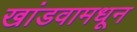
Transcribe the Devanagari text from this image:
खांडवामधून